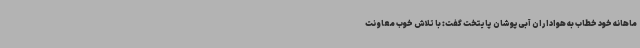
ماهانه خود خطاب به هواداران آبی‌پوشان پایتخت گفت: با تلاش خوب معاونت